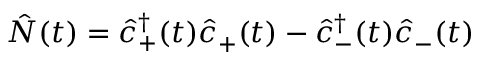
\hat { N } ( t ) = \hat { c } _ { + } ^ { \dagger } ( t ) \hat { c } _ { + } ( t ) - \hat { c } _ { - } ^ { \dagger } ( t ) \hat { c } _ { - } ( t )